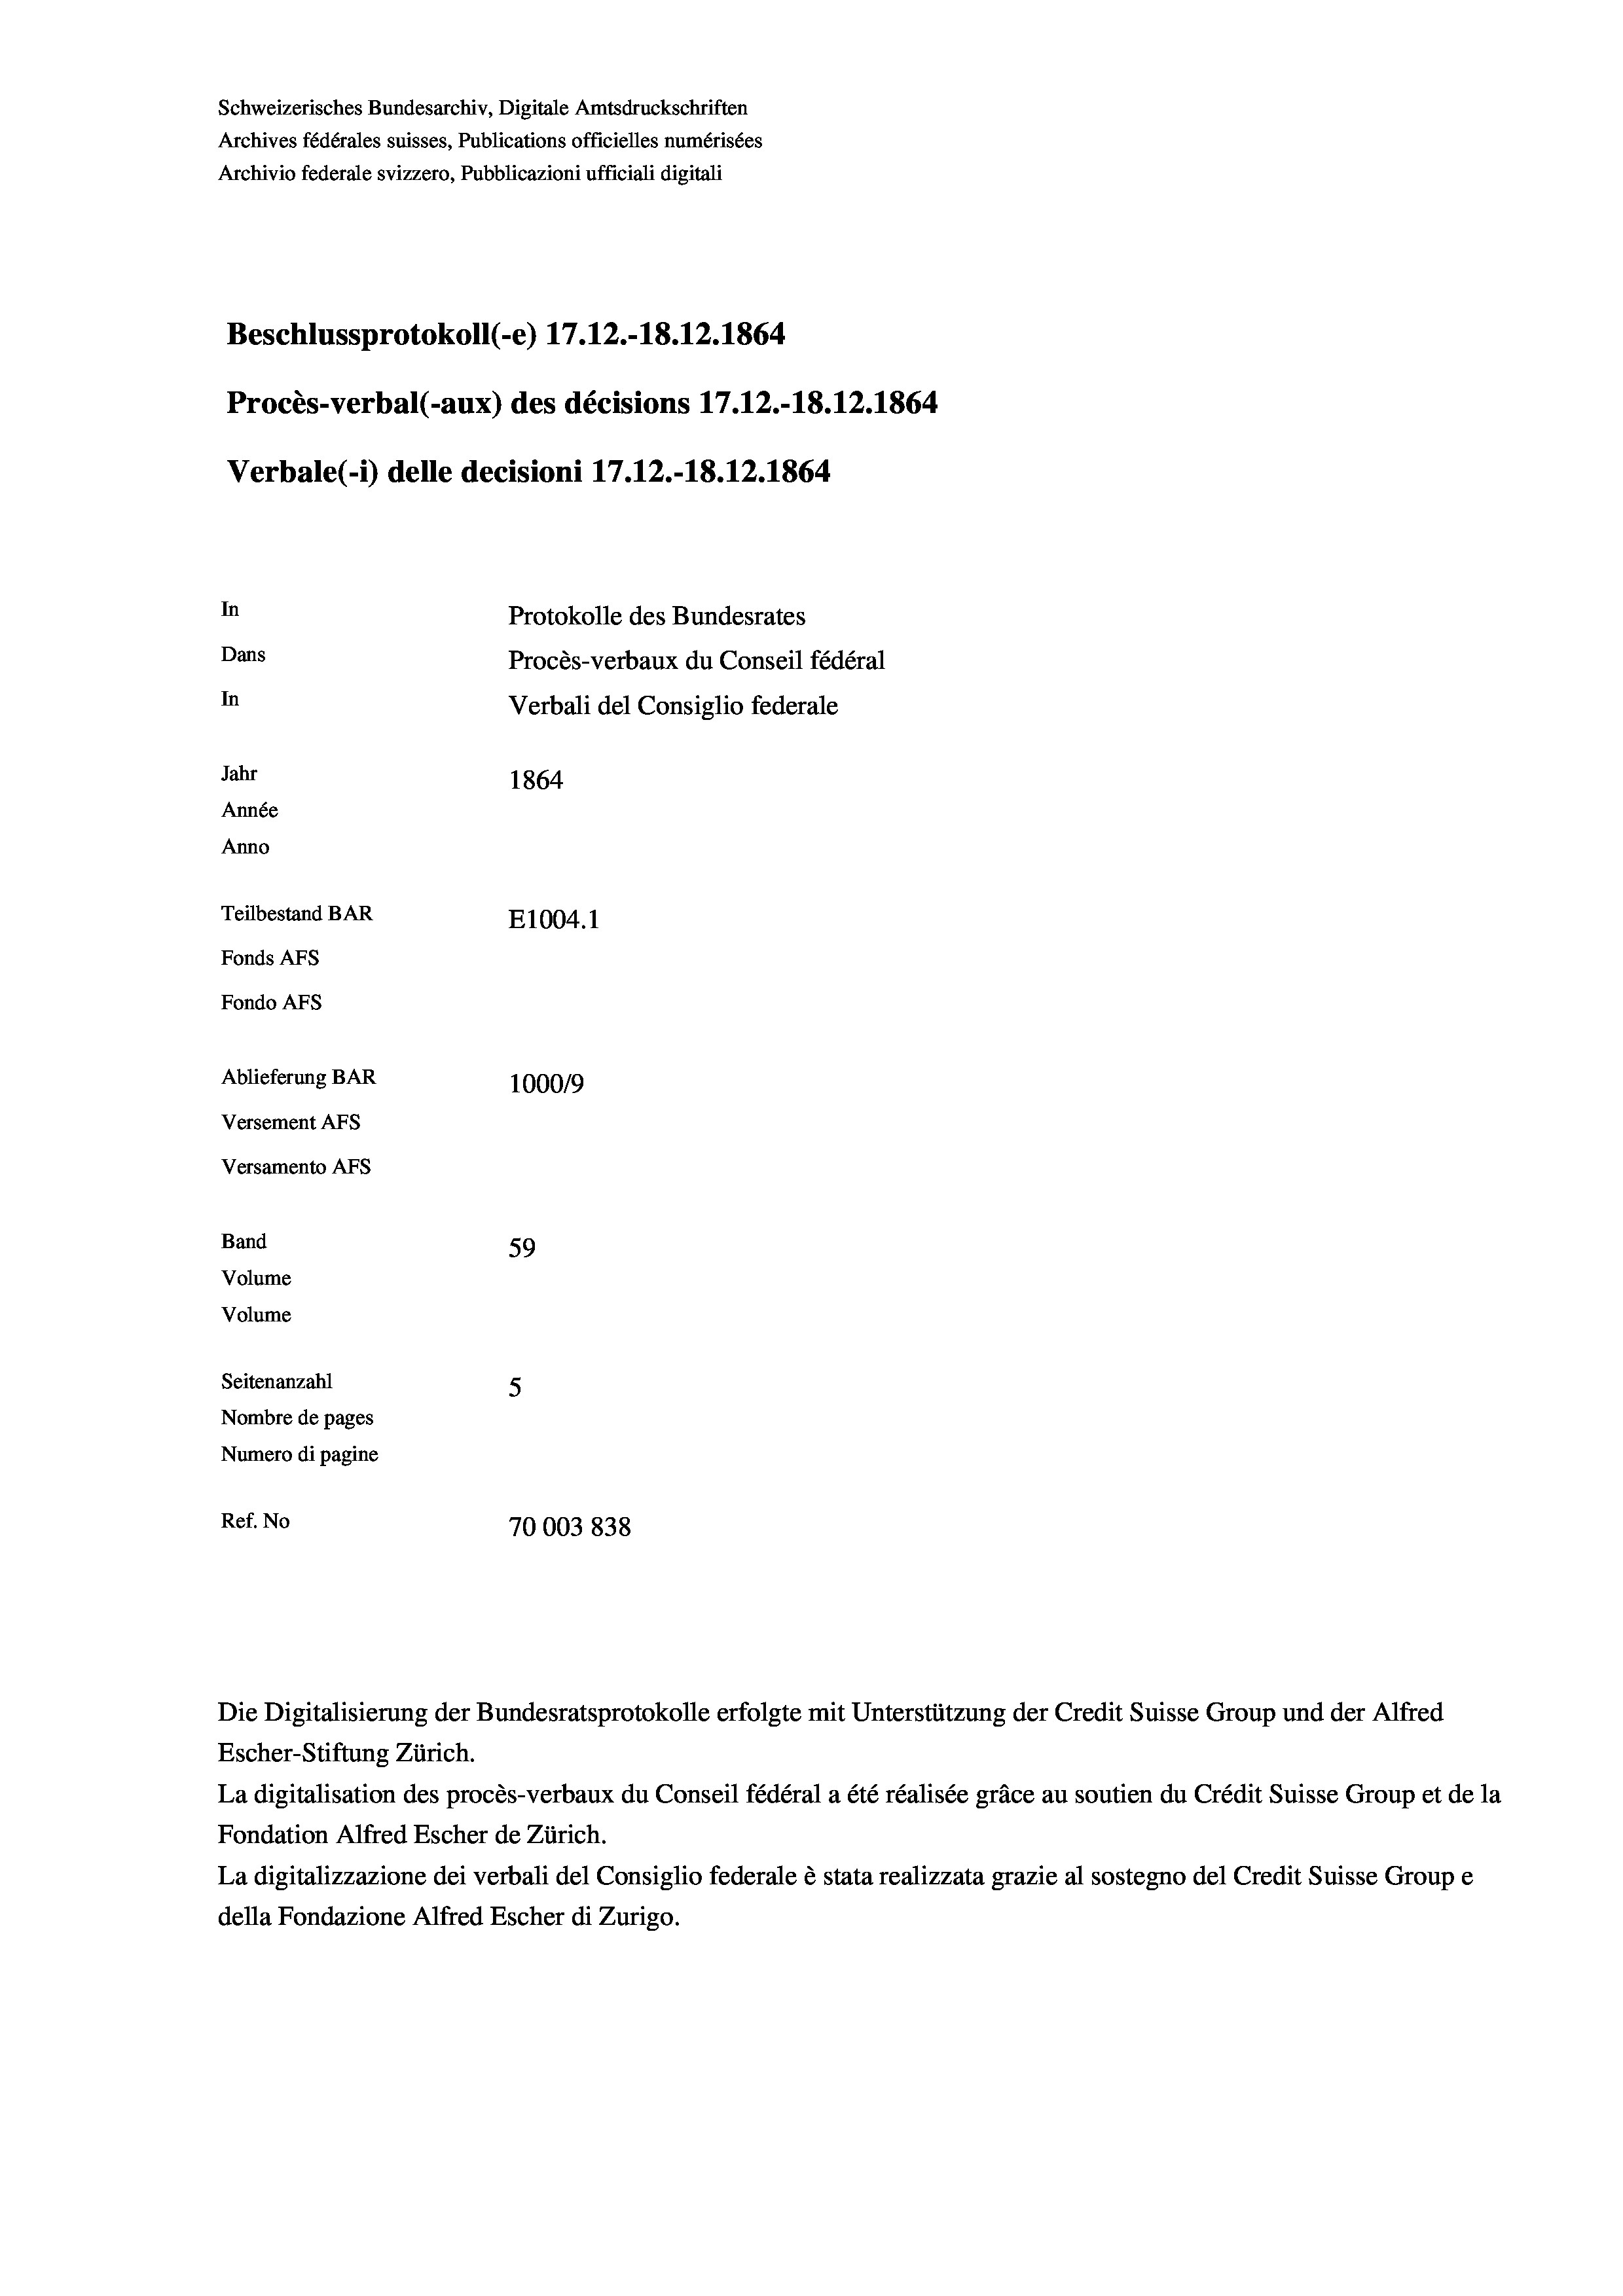
Beschlussprotokoll (-e) 17.12.-18. 12. 1864
Procès-verbal (-aux) des décisions 17.12.-18. 12. 1864
Verbale(-*) delle decisioni 17.12.-18. 12. 1864
In
Protokolle des Bundesrates
Dans
Procès-verbaux du Conseil fédéral
In
Verbali del Consiglio federale
Jahr
1864
Année
Anno
Teilbestand BAR
E1004. 1
Fonds AFs
Fondo AFS

Schweizerisches Bundesarchiv, Digitale Amtsdruckschriften
Archives fédérales suisses, Publications officielles numérisées
Archivio federale svizzero, Pubblicazioni ufficiali digitali

Ablieferung BAR
100019
Versement AFs
Versamento Afs
Band
59
Volume
Volume
Seitenanzahl
5
Nombre de pages
Numero di pagine

Ref. No
70003838

Die Digitalisierung der Bundesratsprotokolle erfolgte mit Unterstützung der Credit Suisse Group und der Alfred
Escher-Stiftung Zürich.
La digitalisation des procès-verbaux du Conseil fédéral a été réalisée gräce au soutien du Crédit Suisse Group et de la
Fondation Alfred Escher de Zürich.
La digitalizzazione dei verbali del Consiglio federale è stata realizzata grazie al sostegno del Credit Suisse Groupe
della Fondazione Alfred Escher di Zurigo.